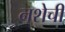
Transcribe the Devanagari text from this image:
नशेची